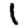
Digit: 1